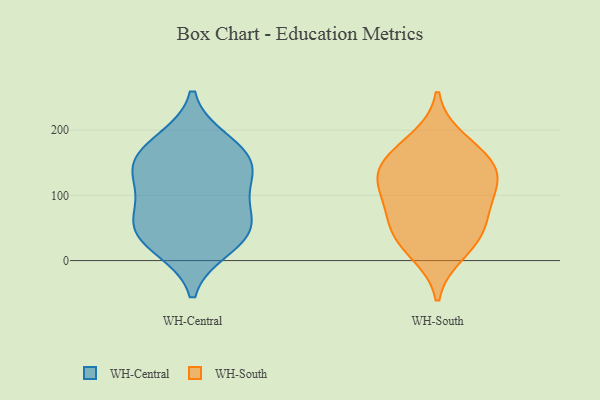
{"axis": {"x": "Page Views", "y": "Value"}, "legend": ["WH-Central", "WH-South"], "data": [{"x": "", "y": 166, "type": "WH-Central"}, {"x": "", "y": 21, "type": "WH-Central"}, {"x": "", "y": 145, "type": "WH-Central"}, {"x": "", "y": 122, "type": "WH-Central"}, {"x": "", "y": 141, "type": "WH-Central"}, {"x": "", "y": 62, "type": "WH-Central"}, {"x": "", "y": 83, "type": "WH-Central"}, {"x": "", "y": 38, "type": "WH-Central"}, {"x": "", "y": 182, "type": "WH-Central"}, {"x": "", "y": 46, "type": "WH-Central"}, {"x": "", "y": 154, "type": "WH-South"}, {"x": "", "y": 115, "type": "WH-South"}, {"x": "", "y": 34, "type": "WH-South"}, {"x": "", "y": 12, "type": "WH-South"}, {"x": "", "y": 153, "type": "WH-South"}, {"x": "", "y": 118, "type": "WH-South"}, {"x": "", "y": 89, "type": "WH-South"}, {"x": "", "y": 65, "type": "WH-South"}, {"x": "", "y": 185, "type": "WH-South"}, {"x": "", "y": 136, "type": "WH-South"}, {"x": "", "y": 47, "type": "WH-South"}]}